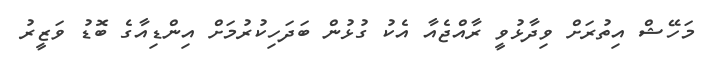
މަހޭޝް އިތުރަށް ވިދާޅުވީ ރާއްޖެއާ އެކު ގުޅުން ބަދަހިކުރުމަށް އިންޑިއާގެ ބޮޑު ވަޒީރު